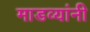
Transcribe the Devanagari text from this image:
माडव्यांनी